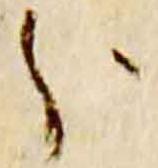
分